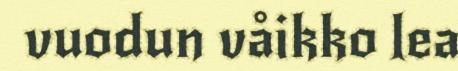
vuodun våikko lea